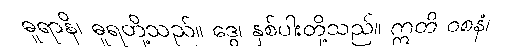
ဓူရာနိ၊ ဓူရတို့သည်။ ဒွေ၊ နှစ်ပါးတို့သည်။ ဣတိ ဝစနံ၊